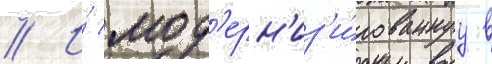
// И́ мод'ерн'из'и́рованнуу в